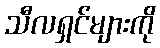
သီလရှင်များကို